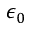
\epsilon _ { 0 }